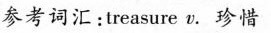
参考词汇；treasure v.珍惜